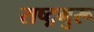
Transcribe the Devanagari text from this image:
राष्ट्रगुरू